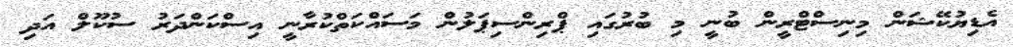
އެޑިޔުކޭޝަން މިނިސްޓްރީން ބުނީ މި ބުރުގައި ޕްރިންސިޕަލުން މަސައްކަތްކުރާނީ އިސްކަންދަރު ސުކޫލް އަދި